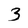
Character: 3